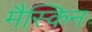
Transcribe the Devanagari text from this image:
मैस्किन